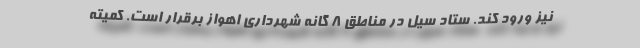
نیز ورود کند. ستاد سیل در مناطق 8 گانه شهرداری اهواز برقرار است. کمیته